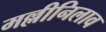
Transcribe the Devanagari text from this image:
मल्लीनिलाव